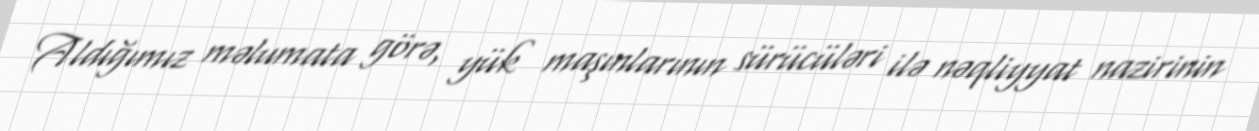
Aldığımız məlumata görə, yük maşınlarının sürücüləri ilə nəqliyyat nazirinin